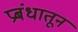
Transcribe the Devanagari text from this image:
प्रबंधातून